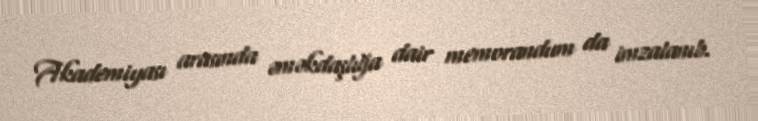
Akademiyası arasında əməkdaşlığa dair memorandum da imzalanıb.